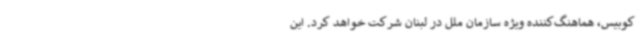
کوبیس، هماهنگ‌کننده ویژه سازمان ملل در لبنان شرکت خواهد کرد. این